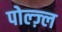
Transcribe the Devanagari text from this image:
पोल्ज़्ल